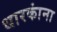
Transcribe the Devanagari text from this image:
धारकांना